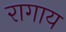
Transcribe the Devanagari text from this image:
रागाय